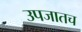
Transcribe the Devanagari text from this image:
उपजातच